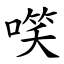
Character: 㗛